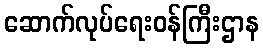
ဆောက်လုပ်ရေးဝန်ကြီးဌာန